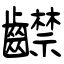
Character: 齽